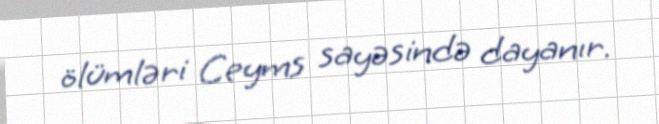
ölümləri Ceyms sayəsində dayanır.